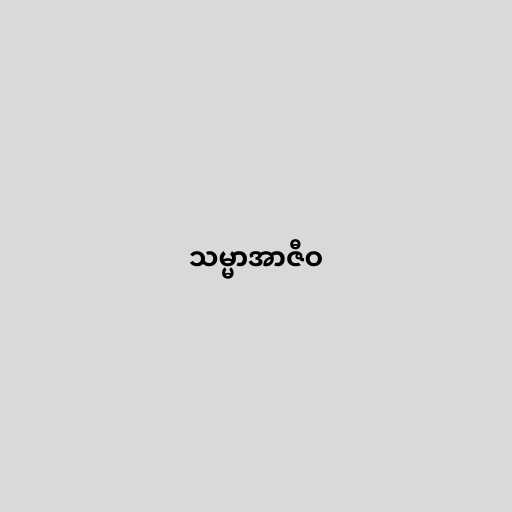
သမ္မာအာဇီဝ